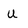
Character: U